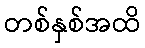
တစ်နှစ်အထိ